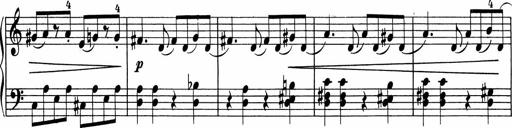
Title: 5 Sonatinen fÃ¼r die Jugend
Composer: Carl Reinecke